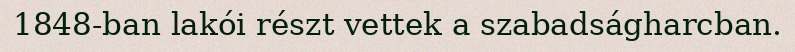
1848-ban lakói részt vettek a szabadságharcban.